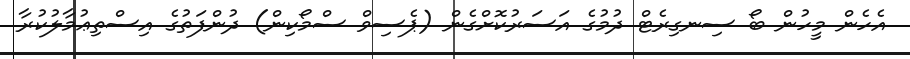
އެހެން މީހުން ބޯ ސިނގިރެޓް ދުމުގެ އަސަރުކޮށްގެން (ޕެސިވް ސްމޯކިން) ދުންފަތުގެ އިސްތިޢުމާލުކުރާ